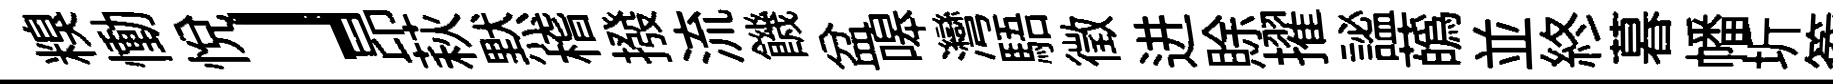
糗慟悅」昂萩黙稽撥流饑盆嗥灣䮏徵进賖擢謐蘤並終暮幡圻簷彤